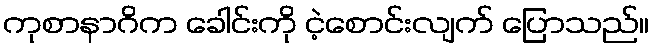
ကုစာနာဂိက ခေါင်းကို ငဲ့စောင်းလျက် ပြောသည်။